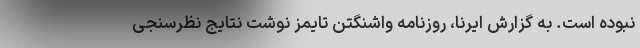
نبوده است. به گزارش ایرنا، روزنامه واشنگتن تایمز نوشت نتایج نظرسنجی